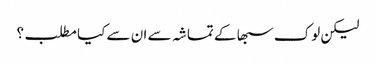
لیکن لوک سبھا کے تماشہ سے ان سے کیا مطلب؟